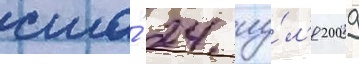
сша́ 24 иу́л'я 2009